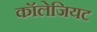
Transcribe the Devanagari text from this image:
कॉलेजियट